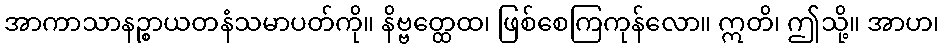
အာကာသာနဉ္စာယတနံသမာပတ်ကို။ နိဗ္ဗတ္ထေထ၊ ဖြစ်စေကြကုန်လော။ ဣတိ၊ ဤသို့။ အာဟ၊